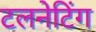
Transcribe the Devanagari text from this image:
टलनेटिंग